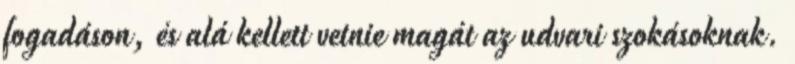
fogadáson, és alá kellett vetnie magát az udvari szokásoknak.